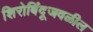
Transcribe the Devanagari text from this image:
शिरोबिंदूजवळील